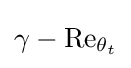
\gamma -\mathrm {Re} _{\theta _{t}}